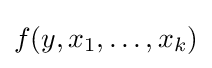
f(y,x_{1},\ldots ,x_{k})